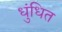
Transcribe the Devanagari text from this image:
धुंधित